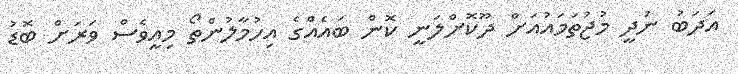
އަދަބު ނުދީ މުޖުތަމައުއަށް ދޫކޮށްލަނީ ކޮން ބައެއްގެ އިހުމާލުންތޯ މިއީވެސް ވަރަށް ބޮޑު